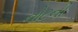
નોટની